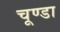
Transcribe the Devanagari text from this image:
चूण्डा